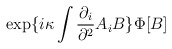
\begin{align*}\exp\{i\kappa\int \frac{\partial_i}{\partial^2}A_iB\}\Phi[B]\end{align*}